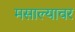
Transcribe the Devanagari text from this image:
मसाल्यावर